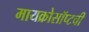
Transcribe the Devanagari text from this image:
मायक्रोसॉप्टची